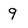
Character: 9